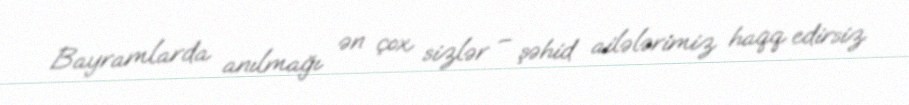
Bayramlarda anılmağı ən çox sizlər – şəhid ailələrimiz haqq edirsiz.